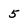
Character: 5